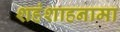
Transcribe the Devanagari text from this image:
शहंशाहनामा